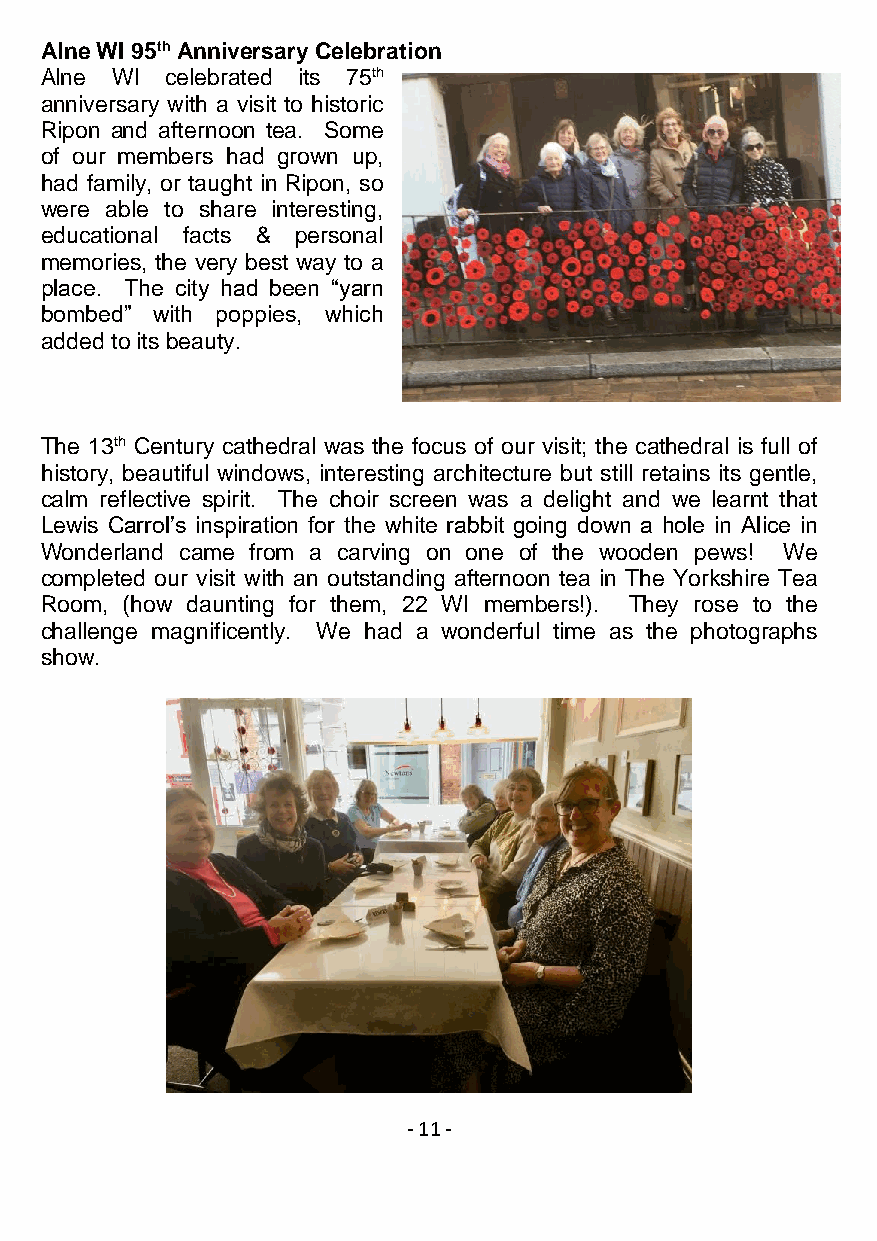
Alne WI 95th Anniversary Celebration
 Alne WI celebrated its 75th
 anniversary with a visit to historic
 Ripon and afternoon tea. Some
 of our members had grown up,
 had family, or taught in Ripon, so
 were able to share interesting,
 educational facts & personal
 memories, the very best way to a
 place. The city had been “yarn
 bombed” with poppies, which
 added to its beauty.
 The 13th Century cathedral was the focus of our visit; the cathedral is full of
 history, beautiful windows, interesting architecture but still retains its gentle,
 calm reflective spirit. The choir screen was a delight and we learnt that
 Lewis Carrol’s inspiration for the white rabbit going down a hole in Alice in
 Wonderland came from a carving on one of the wooden pews! We
 completed our visit with an outstanding afternoon tea in The Yorkshire Tea
 Room, (how daunting for them, 22 WI members!). They rose to the
 challenge magnificently. We had a wonderful time as the photographs
 show.
 - 1 1 -